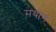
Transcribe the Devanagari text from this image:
मयांग